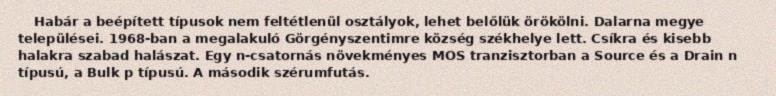
Habár a beépített típusok nem feltétlenül osztályok, lehet belőlük örökölni. Dalarna megye települései. 1968-ban a megalakuló Görgényszentimre község székhelye lett. Csíkra és kisebb halakra szabad halászat. Egy n-csatornás növekményes MOS tranzisztorban a Source és a Drain n típusú, a Bulk p típusú. A második szérumfutás.